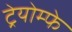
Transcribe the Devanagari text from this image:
ट्रेयोम्फे